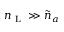
{ n } _ { \mathrm { ~ L ~ } } \gg \tilde { n } _ { a }